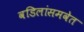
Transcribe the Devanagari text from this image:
वडिलांसमवेत